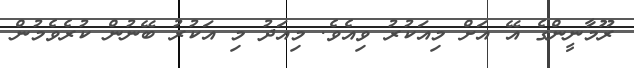
ރޫމާނީންގެ އޭ އަށް މިއަކުރު ވިއެވެ. މިއަދު މި އަކުރު ބޭނުން ކުރެވެމުން